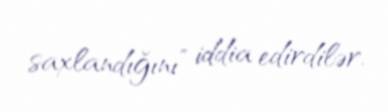
saxlandığını” iddia edirdilər.